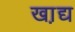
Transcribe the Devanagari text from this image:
खा़द्य